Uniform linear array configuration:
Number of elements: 4
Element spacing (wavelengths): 0.25
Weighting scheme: binomial
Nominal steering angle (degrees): -15
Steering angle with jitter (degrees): -16.135
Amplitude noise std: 0.05
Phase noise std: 0.05

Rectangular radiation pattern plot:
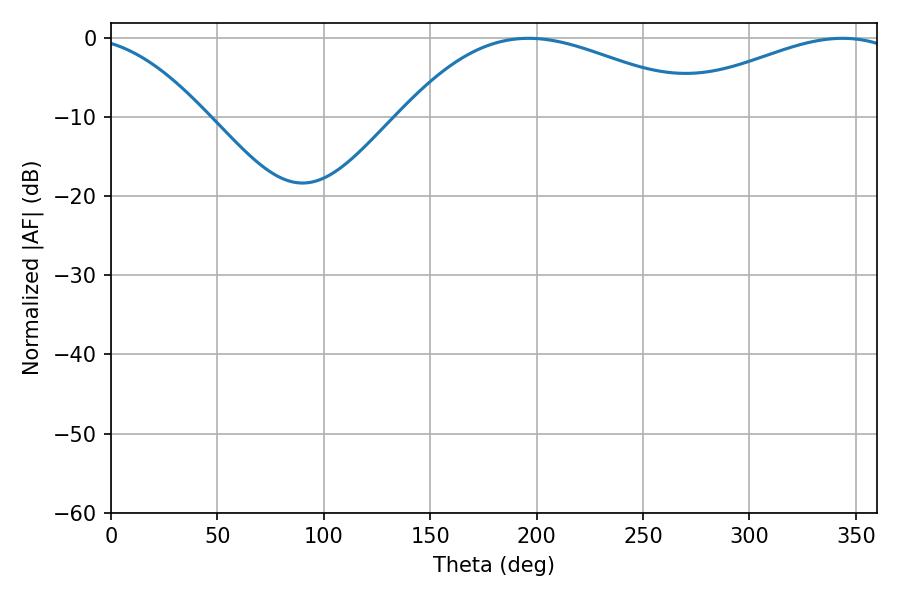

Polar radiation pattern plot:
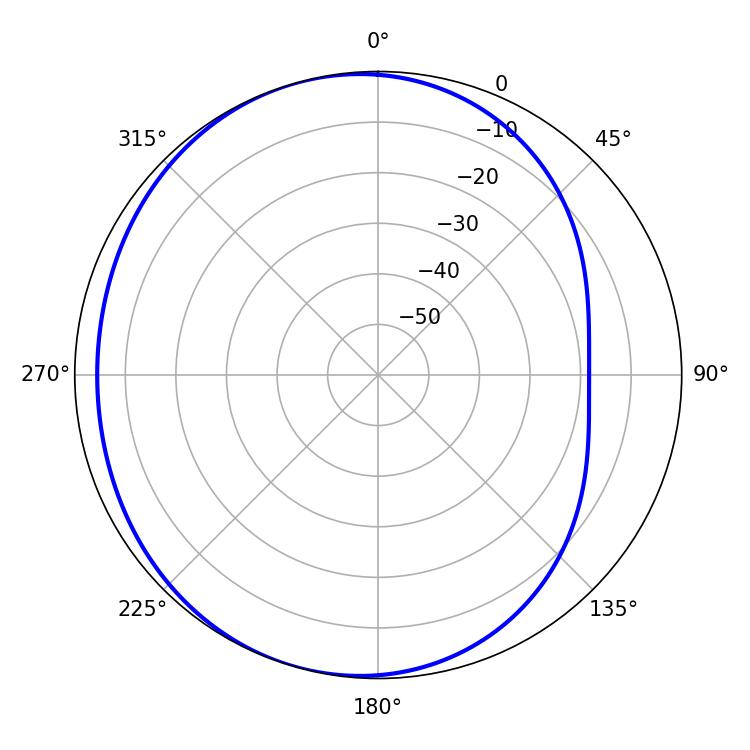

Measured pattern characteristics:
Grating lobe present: FALSE
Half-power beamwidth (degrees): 79.2
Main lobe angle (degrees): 196.2